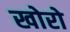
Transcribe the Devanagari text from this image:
खोरो